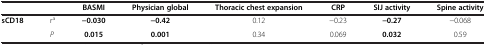
<table><thead><tr><td colspan="2"><b> </b></td><td><b>BASMI</b></td><td><b>Physician global</b></td><td><b>Thoracic chest expansion</b></td><td><b>CRP</b></td><td><b>SIJ activity</b></td><td><b>Spine activity</b></td></tr></thead><tbody><tr><td><b>sCD18</b></td><td>r<sup>a</sup></td><td><b>-0.030</b></td><td><b>-0.42</b></td><td>0.12</td><td>-0.23</td><td><b>-0.27</b></td><td>-0.068</td></tr><tr><td> </td><td><i>P</i></td><td><b>0.015</b></td><td><b>0.001</b></td><td>0.34</td><td>0.069</td><td><b>0.032</b></td><td>0.59</td></tr></tbody></table>